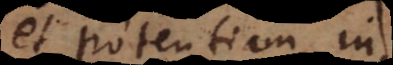
et potentiam in